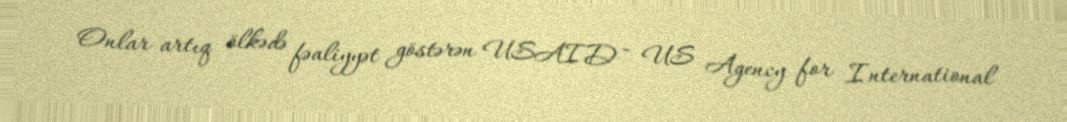
Onlar artıq ölkədə fəaliyyət göstərən USAID - US Agency for International